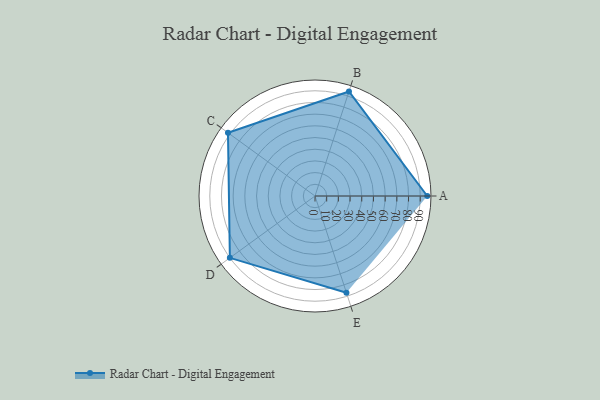
{"axis": {"x": "Skill", "y": "Score"}, "legend": ["Profile"], "data": [{"x": "A", "y": 96.0, "type": "Profile"}, {"x": "B", "y": 94.0, "type": "Profile"}, {"x": "C", "y": 92.0, "type": "Profile"}, {"x": "D", "y": 90.0, "type": "Profile"}, {"x": "E", "y": 87.0, "type": "Profile"}]}